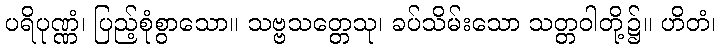
ပရိပုဏ္ဏံ၊ ပြည့်စုံစွာသော။ သဗ္ဗသတ္တေသု၊ ခပ်သိမ်းသော သတ္တဝါတို့၌။ ဟိတံ၊